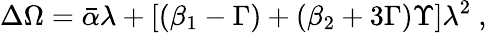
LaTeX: \Delta\Omega={\bar{\alpha}}\lambda+[(\beta_{1}-\Gamma)+(\beta_{2}+3\Gamma)\Upsilon]\lambda^{2}\ ,